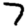
Digit: 7